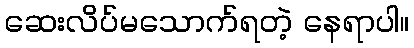
ဆေးလိပ်မသောက်ရတဲ့ နေရာပါ။